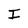
Character: I